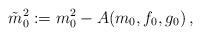
LaTeX: \begin{align*}\tilde{m}_0^2 := m_0^2 - A(m_0,f_0,g_0) \,,\end{align*}